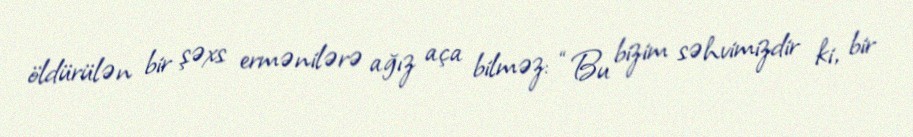
öldürülən bir şəxs ermənilərə ağız aça bilməz: “Bu bizim səhvimizdir ki, bir